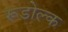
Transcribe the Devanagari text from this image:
रूडोल्क